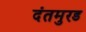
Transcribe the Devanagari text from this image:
दंतमुरड